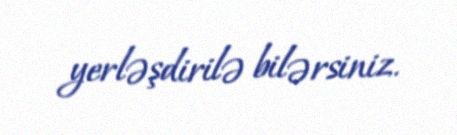
yerləşdirilə bilərsiniz.